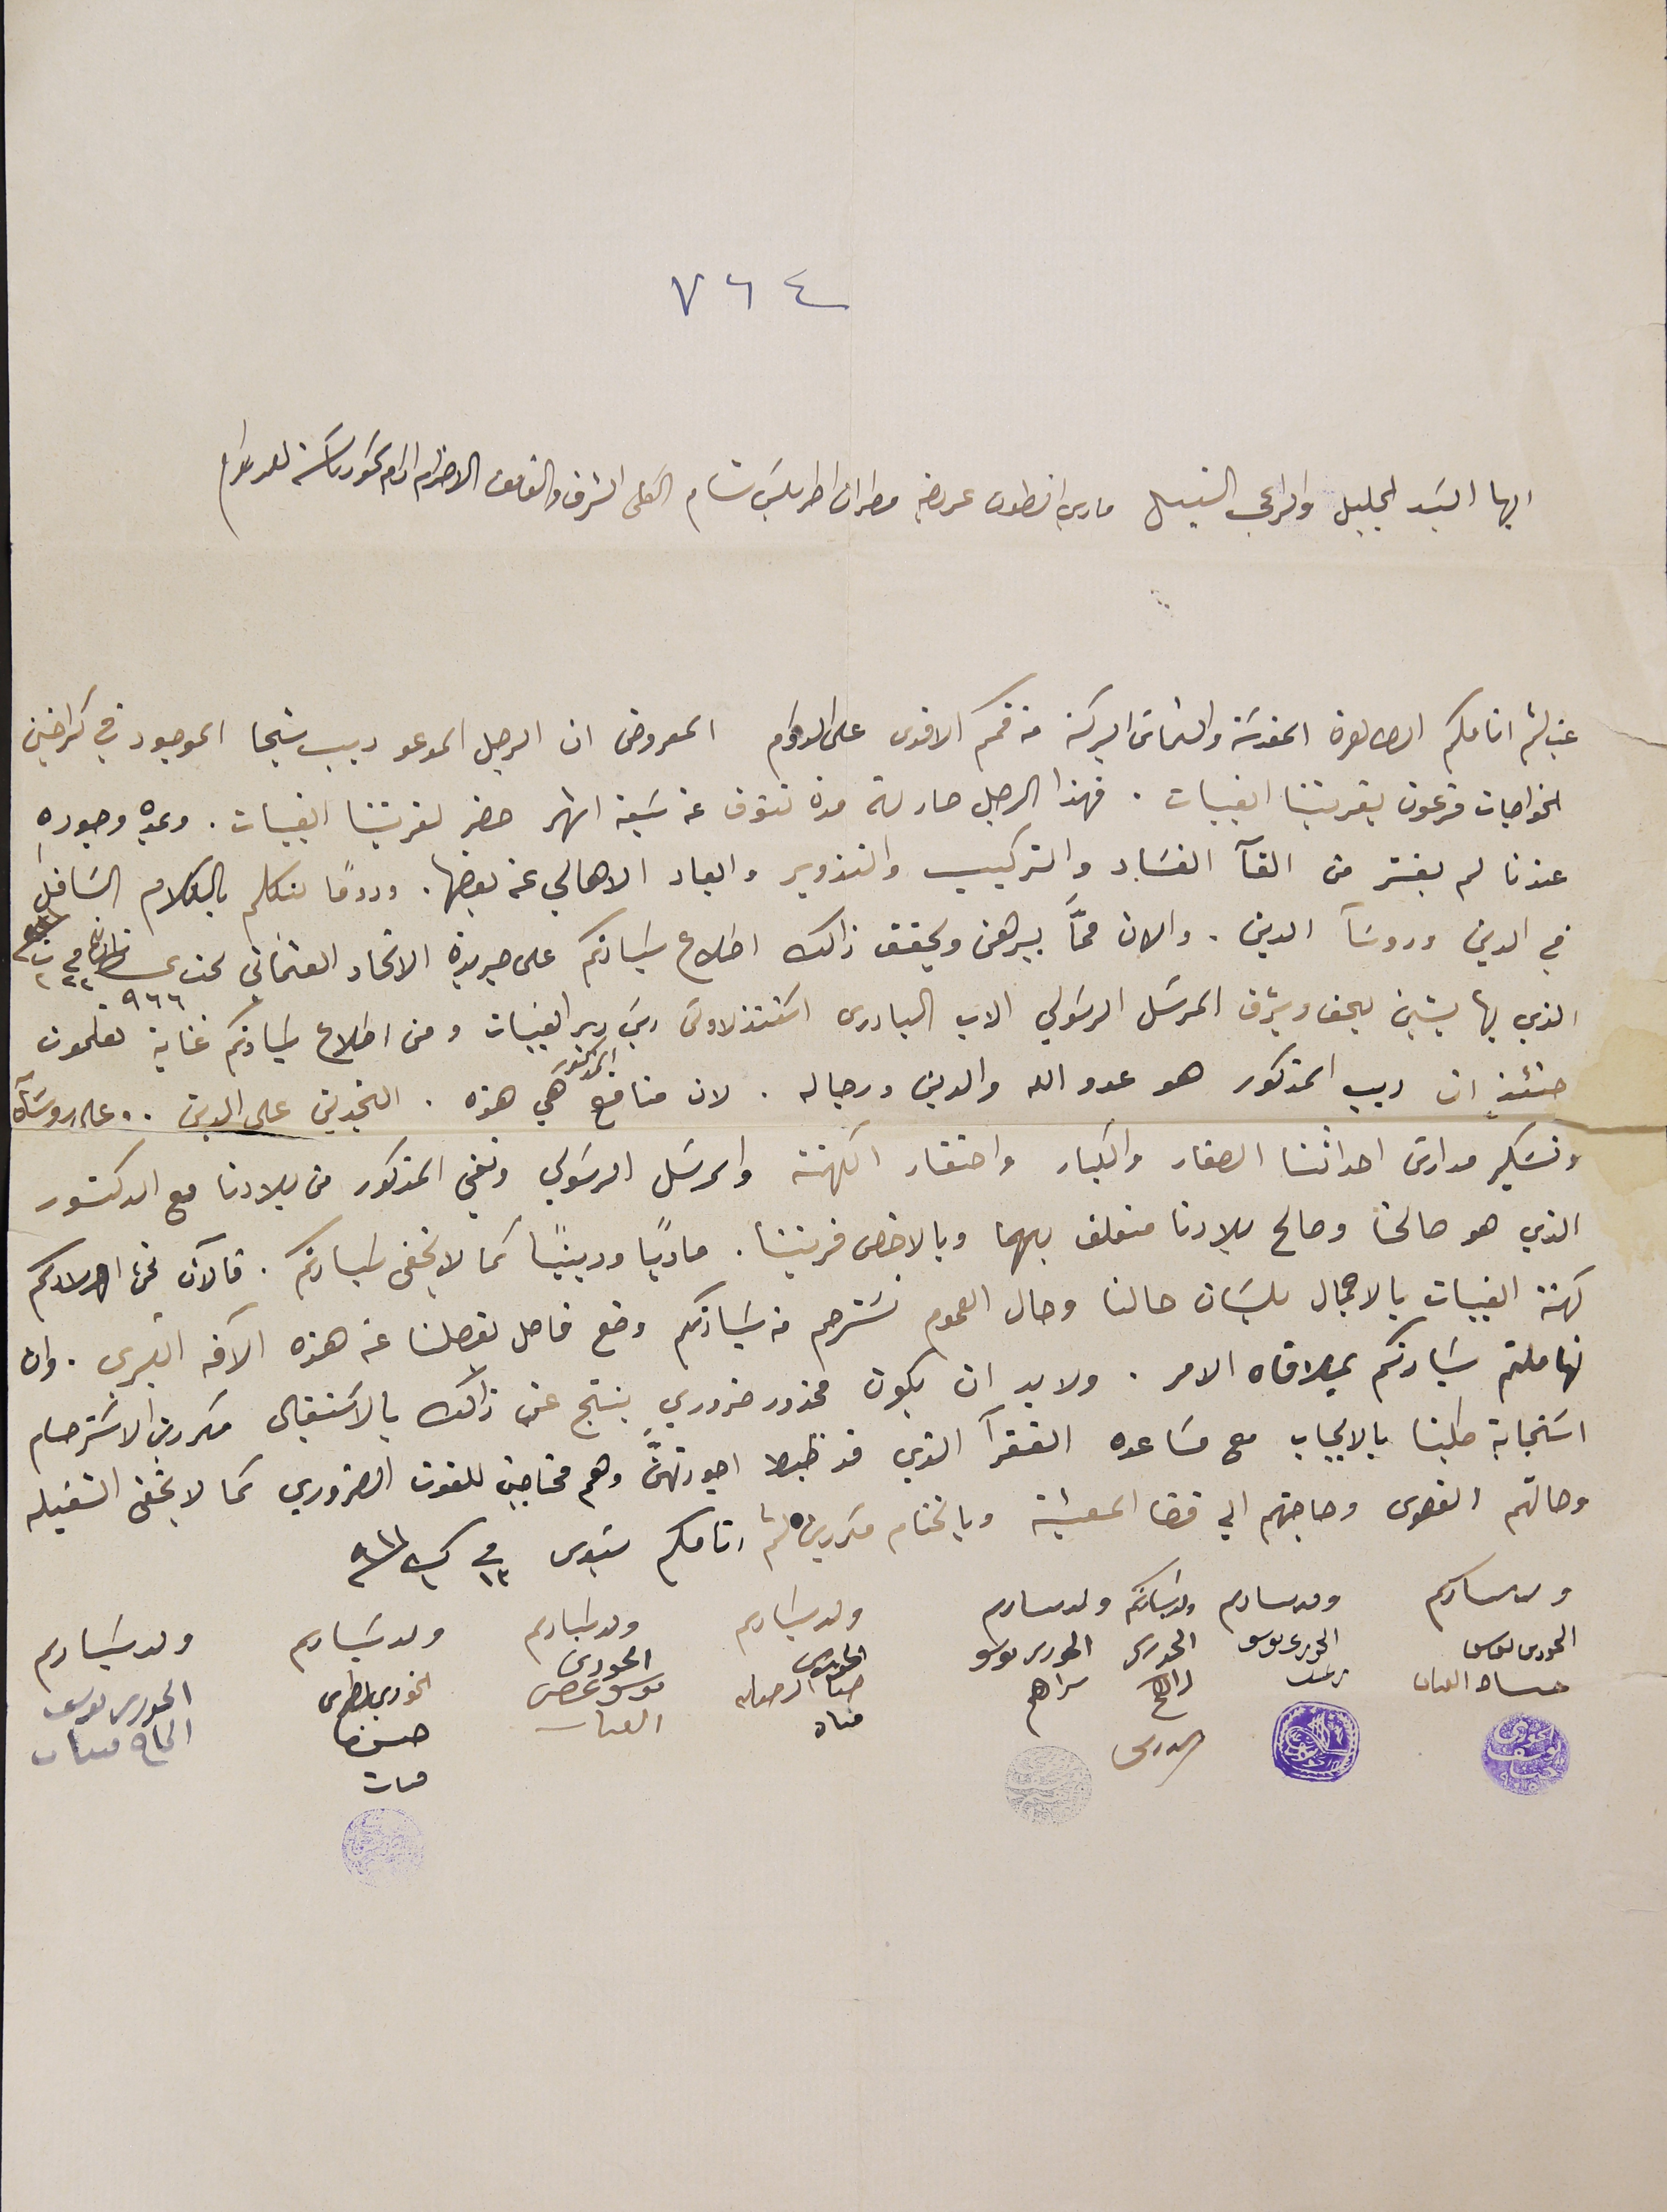
٧٦٤
ايها السَيد الجليل والراعى النبل ماري انطون عريضه مطران اطرابلسَ شام الكلى الشرف والفائق الاحترام ادام سَمو رىاسَته للداوام
غب لثم انامكم الطاهرة المقدسَة والتماسَ البركة من فمكم الاقدس على الدوام المعروض ان الرجل المدعو ديب شيحا الموجود في كراخين
الخواجات فرعون بقريتنا القبيات. فهذا الرجل صار له مدة تفوق عن سَبعة اشهر حضر لقريتنا القبيات. وىمده وجوده
عندنا لم يقسَر من القآ الفسَاد والتركيب والتزوير وابعاد الاهالي عن بعضها. ودومًا ىتكلم بالكلام السَافل
في الدين وروسَآ الدين. والان ممّا يبرهن ويحقق ذالك اطلاع سَيادتكم على جريدة الاتحاد العثماني تحت عدد ٩٦٦ تاريخ فى ٢٢ ت٢ سنه ٩١١
الذي بها يشين بحق وشرف المرسَل الرسَولي الاب البادرى اسَتنذلاوسَ ريسَ دير القبيات ومن اطلاع سَيادتكم غاية تعلمون
حنئذٍ ان ديب المذكور هو عدو الله والدين ورجاله. لان منافع المذكور هي هذه. التجديف على الدين . على روسَآه
وتسَكير مدارسَ احداثنا الصغار والكبار واحتقار الكهنة والمرسَل الرسَولي ونفي المذكور من بلادنا مع الدكتور
الذي هو صالحنا وصالح بلادنا متعلق بهما وبالاخص قريتنا. مادياً ودينيًا كما لا يخفى سَيادتكم. فالآن نحن اولادكم
كهنة القبيات بالاجمال بلسَان حالنا وحال العموم نسَترحم من سَيادتكم وضع فاصل يفصلنا عن هذه الآفه الكبرى. وان
تهاملتم سَيادتكم بملاقاه الامر. ولا بد ان يكون محذور ضروري ينتج عن ذالك بالآسَتقبال مكررين الاسَترحام
اسَتجابة طلبنا بالايجاب مع مسَاعده الفقرآ الذي قد ظبط اجورتهنَ وهم محتاجين للقوت الضروري كما لا يخفى الشغيله
وحالتهم القصوى وحاجتهم الي قضا المعيشة وبالختام مكررين لثم انامكم سَيدى فى ١٣ ك١ ٩١١
ولد سىادكم             ولد سىادكم      ولد سَيادتكم      ولد سىادكم      ولد سَيادكم        ولد سَيادكم     ولد سَيادكم                ولد سَيادكم
الحورى ىوسف حىا القىات   الحورى ىوسف مرعب     الحورى  الحورى ىوسف ىراهم   الحورى حىا الحورى موسى عصى القىىات الخورى بطرس حسن مىىات الحورى ىوسف الحاج مىىات